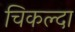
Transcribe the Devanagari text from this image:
चिकल्दा